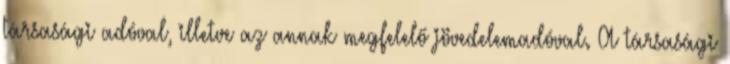
társasági adóval, illetve az annak megfelelő jövedelemadóval. A társasági